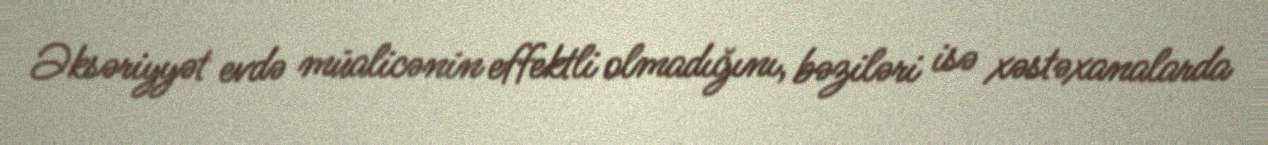
Əksəriyyət evdə müalicənin effektli olmadığını, bəziləri isə xəstəxanalarda